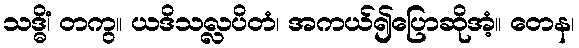
သဒ္ဓိံ၊ တကွ။ ယဒိသလ္လပိတံ၊ အကယ်၍ပြောဆိုအံ့။ တေန၊